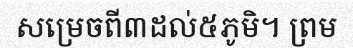
សម្រេចពី៣ដល់៥ភូមិ។ ព្រម